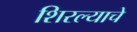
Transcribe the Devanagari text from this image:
शिरल्याचे